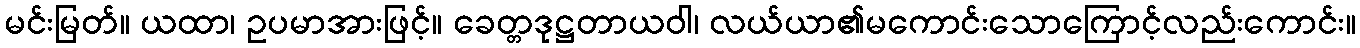
မင်းမြတ်။ ယထာ၊ ဥပမာအားဖြင့်။ ခေတ္တဒုဋ္ဌတာယဝါ၊ လယ်ယာ၏မကောင်းသောကြောင့်လည်းကောင်း။